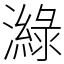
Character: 𤀼